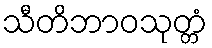
သီတိဘာဝသုတ္တံ